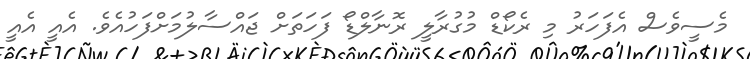
މެސީވެސް އެފަހަރު މި ރެކޯޑް މުގުރާލީ ރޮނާލްޑޯ ފަހަތަށް ޖައްސާލުމަށްފަހުއެވެ. އެއީ އެއީ